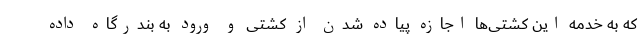
که به خدمه این کشتی‌ها اجازه پیاده شدن از کشتی و ورود به بندرگاه داده